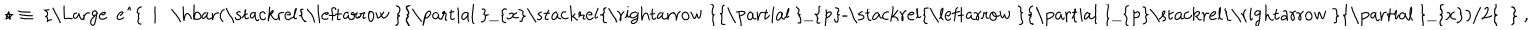
LaTeX: \star \equiv ~ \mathrm { { \Large ~ e ^ { ~ i ~ \hbar ( \stackrel { \leftarrow ~ } { \partial ~ } _ { x } \stackrel { \rightarrow ~ } { \partial ~ } _ { p } - \stackrel { \leftarrow ~ } { \partial ~ } _ { p } \stackrel { \rightarrow ~ } { \partial ~ } _ { x } ) / 2 } ~ } } ~ ,